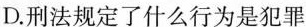
D. 刑法规定了什么行为是犯罪